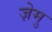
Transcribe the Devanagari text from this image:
ज़ेमु